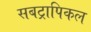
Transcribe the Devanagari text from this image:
सबट्रापिकल